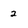
Character: 2